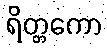
ရိတ္တကော